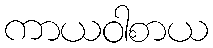
ကာယဝါစာယ